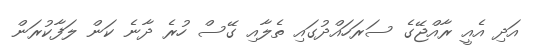
އަދި އެއީ ރާއްޖޭގެ ސަރަހައްދުގައި ތެލާއި ގޭސް ހުރެ ދާނެ ކަން ލަފާކުރަން